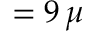
= 9 \, \mu